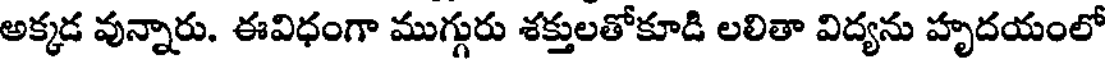
అక్కడ వున్నారు. ఈవిధంగా ముగ్గురు శక్తులతోకూడి లలితా విద్యను హృదయంలో